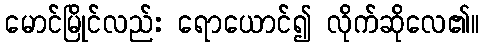
မောင်မြိုင်လည်း ရောယောင်၍ လိုက်ဆိုလေ၏။